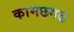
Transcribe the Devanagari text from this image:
कामछगढ